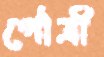
পৌত্রী